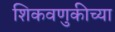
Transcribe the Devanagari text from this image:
शिकवणुकीच्‍या